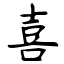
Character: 喜